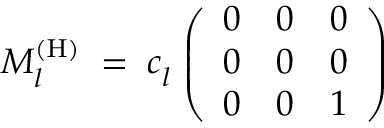
M _ { l } ^ { ( \mathrm { H ) } } \; = \; c _ { l } ^ { ~ } \left( \begin{array} { l l l } { { 0 } } & { { 0 } } & { { 0 } } \\ { { 0 } } & { { 0 } } & { { 0 } } \\ { { 0 } } & { { 0 } } & { { 1 } } \end{array} \right)